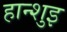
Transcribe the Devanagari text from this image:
हान्शुइ